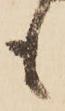
も